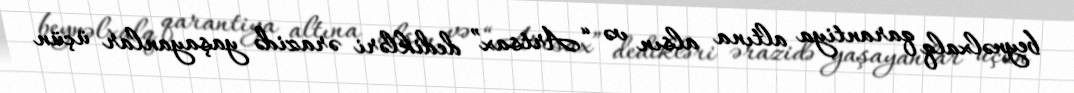
beynəlxalq qarantiya altına alsın və “Artsax” dedikləri ərazidə yaşayanlar üçün